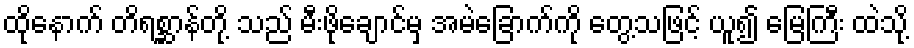
ထိုနောက် တိရစ္ဆာန်တို့ သည် မီးဖိုချောင်မှ အမဲခြောက်ကို တွေ့သဖြင့် ယူ၍ မြေကြီး ထဲသို့